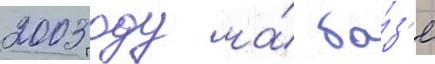
2003 году на́ ба́з'е